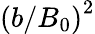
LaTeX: \left(b/B_{0}\right)^{2}